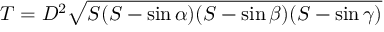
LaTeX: T = D ^ { 2 } { \sqrt { S ( S - \sin \alpha ) ( S - \sin \beta ) ( S - \sin \gamma ) } }